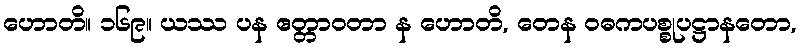
ဟောတိ။ ၁၆၉။ ယဿ ပန ဧတ္တာဝတာ န ဟောတိ, တေန ဝဓကပစ္စုပဋ္ဌာနတော,